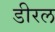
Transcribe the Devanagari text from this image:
डीरल